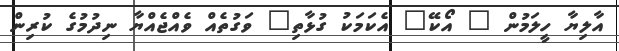
އާލިޔާ ހީލަމުން " އޯކޭ" އެކަމަކު ގުޅާތި" ވަގުތެއް ވެއްޖެއްޔާ ނިދުމުގެ ކުރިން